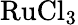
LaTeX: \mathrm{RuCl_{3}}